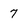
Character: 7